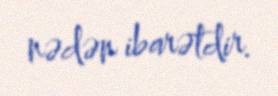
nədən ibarətdir.